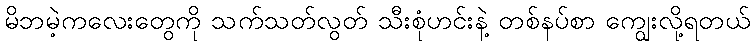
မိဘမဲ့ကလေးတွေကို သက်သတ်လွတ် သီးစုံဟင်းနဲ့ တစ်နပ်စာ ကျွေးလို့ရတယ်